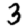
Digit: 3